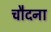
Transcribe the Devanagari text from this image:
चौदना